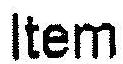
ITEM